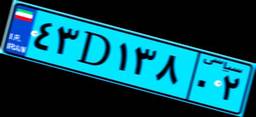
۴۳D۱۳۸۰۲